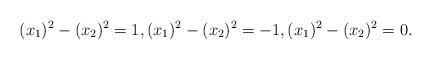
LaTeX: \begin{align*} (x_1)^2-(x_2)^2=1, (x_1)^2-(x_2)^2=-1, (x_1)^2-(x_2)^2=0.\end{align*}